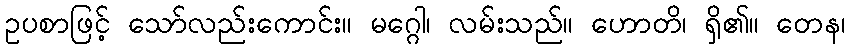
ဥပစာဖြင့် သော်လည်းကောင်း။ မဂ္ဂေါ၊ လမ်းသည်။ ဟောတိ၊ ရှိ၏။ တေန၊